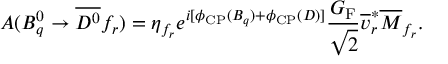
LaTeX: A ( B _ { q } ^ { 0 } \to \overline { { { D ^ { 0 } } } } f _ { r } ) = \eta _ { f _ { r } } e ^ { i [ \phi _ { \mathrm { C P } } ( B _ { q } ) + \phi _ { \mathrm { C P } } ( D ) ] } \frac { G _ { \mathrm { F } } } { \sqrt { 2 } } \overline { { { v } } } _ { r } ^ { \ast } \overline { { { M } } } _ { f _ { r } } .